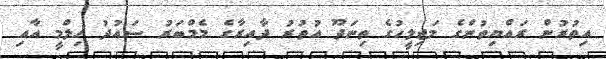
އިތުރުން ރައްޔިތުންގެ މަޖިލީހުގެ ތިނަދޫ އުތުރު ދާއިރާގެ މެމްބަރު ސައުދު ހިލްމީ އާއި